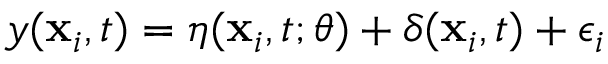
y ( \mathbf { x } _ { i } , t ) = \eta ( \mathbf { x } _ { i } , t ; \theta ) + \delta ( \mathbf { x } _ { i } , t ) + \epsilon _ { i }